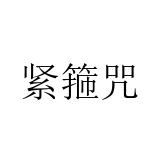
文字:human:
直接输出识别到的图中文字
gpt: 紧箍咒